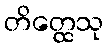
တိတ္ထေသု